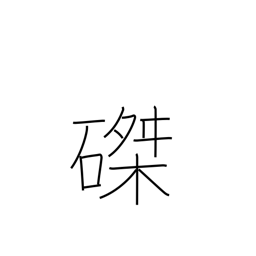
Meaning: crucifixion